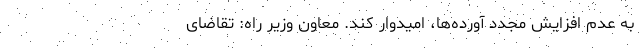
به عدم افزایش مجدد آورده‌ها، امیدوار کند. معاون وزیر راه: تقاضای